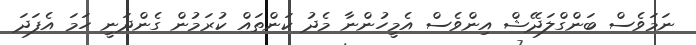
ނަމަވެސް ބަންގްލަދޭޝް އިންވެސް އެމީހުންނާ މެދު ކަންތައް ކުރަމުން ގެންދަނީ ހަމަ އެފަދަ